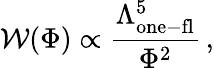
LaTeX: {\cal\mathcal{W}}(\Phi)\propto\frac{{\Lambda_{\mathrm{{one-fl}}}^{5}}}{{\Phi^{2}}}\, ,